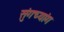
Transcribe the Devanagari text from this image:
सुंगच्यांग